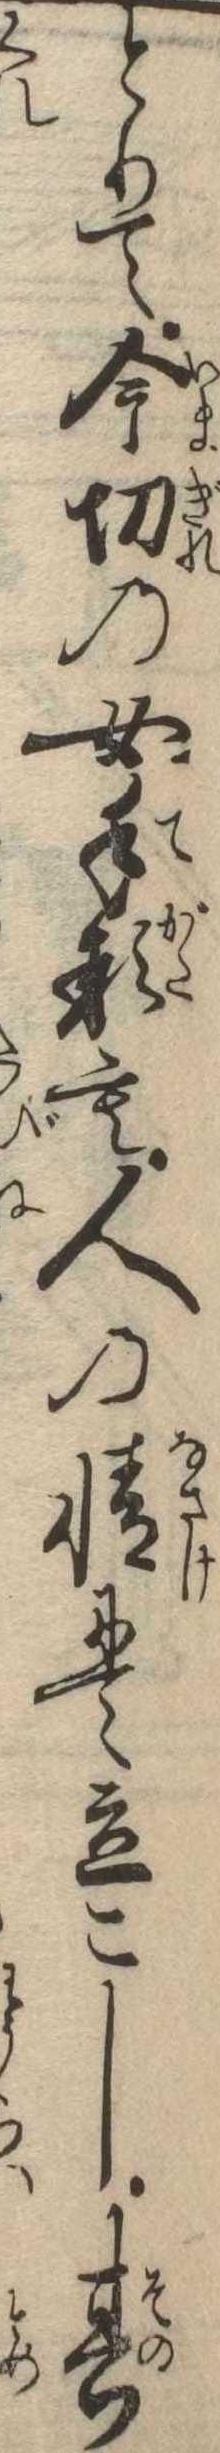
とりて今切の女手形も人の情にて立こし其